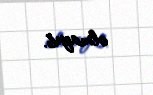
olmayıb.